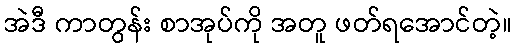
အဲဒီ ကာတွန်း စာအုပ်ကို အတူ ဖတ်ရအောင်တဲ့။